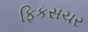
ફિકસચર